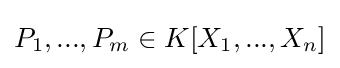
P_{1},...,P_{m}\in K[X_{1},...,X_{n}]